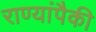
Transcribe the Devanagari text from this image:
राण्यांपैकी